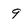
Character: 9